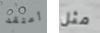
أعتقد مثل